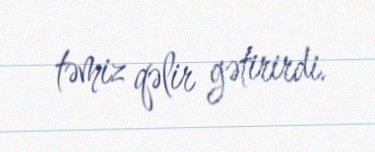
təmiz qəlir gətirirdi.